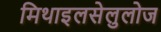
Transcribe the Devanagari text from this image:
मिथाइलसेलुलोज